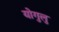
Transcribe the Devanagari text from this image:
योगुलु